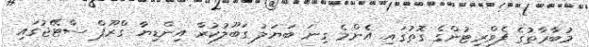
މުބާރާތުގެ ފެވްރިޓުންގެ ގޮތުގައި އެންމެ ގިނަ ބަޔަލު ގަބޫލުކުރާ އިންޑިޔާ ގްރޫޕް ސްޓޭޖުގައި